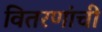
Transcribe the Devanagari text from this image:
वितरणांची